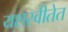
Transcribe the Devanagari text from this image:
यशस्वीतेत